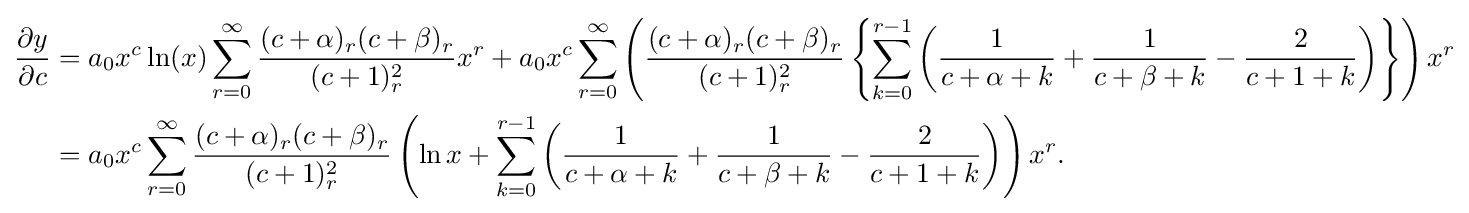
{\begin{aligned}{\frac {\partial y}{\partial c}}&=a_{0}x^{c}\ln(x)\sum _{r=0}^{\infty }{\frac {(c+\alpha )_{r}(c+\beta )_{r}}{(c+1)_{r}^{2}}}x^{r}+a_{0}x^{c}\sum _{r=0}^{\infty }\left({\frac {(c+\alpha )_{r}(c+\beta )_{r}}{(c+1)_{r}^{2}}}\left\{\sum _{k=0}^{r-1}\left({\frac {1}{c+\alpha +k}}+{\frac {1}{c+\beta +k}}-{\frac {2}{c+1+k}}\right)\right\}\right)x^{r}\\&=a_{0}x^{c}\sum _{r=0}^{\infty }{\frac {(c+\alpha )_{r}(c+\beta )_{r}}{(c+1)_{r}^{2}}}\left(\ln x+\sum _{k=0}^{r-1}\left({\frac {1}{c+\alpha +k}}+{\frac {1}{c+\beta +k}}-{\frac {2}{c+1+k}}\right)\right)x^{r}.\end{aligned}}